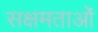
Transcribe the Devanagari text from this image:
सक्षमताओं